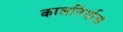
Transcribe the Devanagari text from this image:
कालनिर्यास